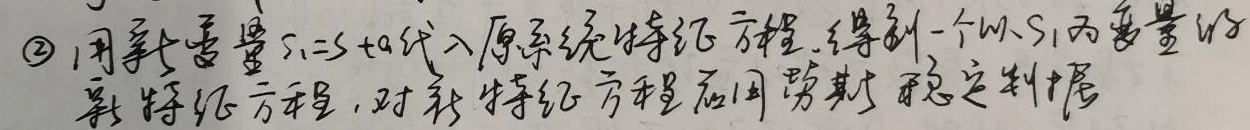
\textcircled{2}用新变量\(s_{1}=s + a\)代入原系统特征方程，得到一个以\(s_{1}\)为变量的新特征方程，对新特征方程应用劳斯稳定判据